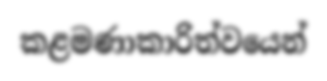
කළමණාකාරිත්වයෙන්